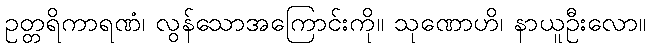
ဥတ္တရိကာရဏံ၊ လွန်သောအကြောင်းကို။ သုဏောဟိ၊ နာယူဦးလော။